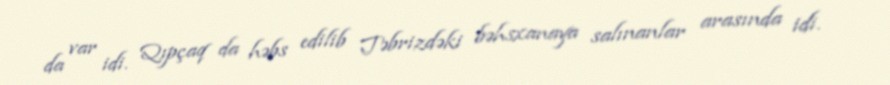
da var idi. Qıpçaq da həbs edilib Təbrizdəki bəhsxanaya salınanlar arasında idi.